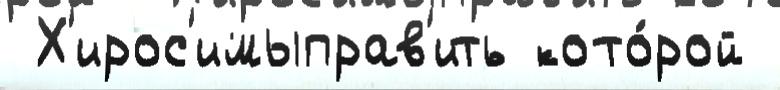
 Х'ирос'имыправ'ить кото́рой